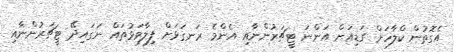
އެގޮތުން ކްލާހަށް ގަޑިއަށް އަންނަ ޓީޗަރުންނާއި އެންމެ ރަނގަޅަށް ފިލާވަޅުތައް ނަގައިދޭ ޓީޗަރުންނާއި